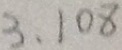
3 \cdot 1 0 8